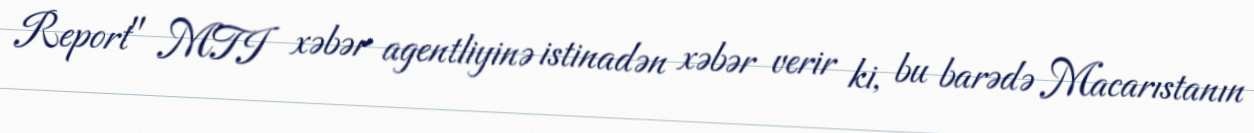
Report" MTI xəbər agentliyinə istinadən xəbər verir ki, bu barədə Macarıstanın